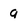
Character: 9